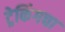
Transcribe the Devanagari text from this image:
ट्रेकिंगचा